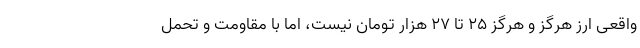
واقعی ارز هرگز و هرگز ۲۵ تا ۲۷ هزار تومان نیست، اما با مقاومت و تحمل